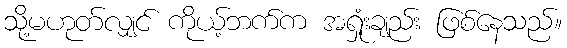
သို့မဟုတ်လျှင် ကိုယ့်ဘက်က အရှုံးချည်း ဖြစ်နေသည်။